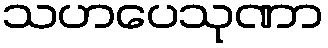
သဟပေသုဏာ